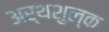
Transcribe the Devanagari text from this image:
अर्थशुल्क